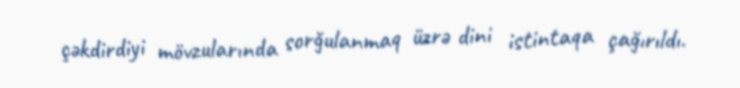
çəkdirdiyi mövzularında sorğulanmaq üzrə dini istintaqa çağırıldı.